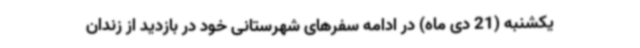
یکشنبه (21 دی ماه) در ادامه سفرهای شهرستانی خود در بازدید از زندان